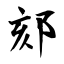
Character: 郂